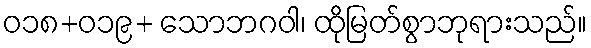
ဝ၁၈+၀၁၉+ သောဘဂဝါ၊ ထိုမြတ်စွာဘုရားသည်။